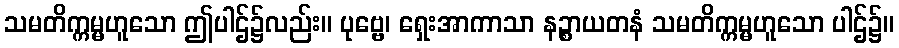
သမတိက္ကမ္မဟူသော ဤပါဌ်၌လည်း။ ပုဗ္ဗေ၊ ရှေးအာကာသာ နဉ္စာယတနံ သမတိက္ကမ္မဟူသော ပါဌ်၌။